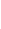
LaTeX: \! \! \! \! \! \! \! \! \! \! \! \mathcal{H}\! \! \! \! \! \! \! \! \! \! \! \! (\! \! \! \! \! \! \! \! \! \! \! \! 1\! \! \! \! \! \! \! \! \! \! \! \! ,t\! \! \! \! \! \! \! \! \! \! \! \! )\! \! \! \! \! \! \! \! \! \! \! \! =d\! \! \! \! \! \! \! \! \! \! \! \! \alpha\! \! \! \! \! \! \! \! \! \! \! \! (\! \! \! \! \! \! \! \! \! \! \! \! \theta\! \! \! \! \! \! \! \! \! \! \! \! (s\! \! \! \! \! \! \! \! \! \! \! \! \cdot\! \! \! \! \! \! \! \! \! \! \! \! t\! \! \! \! \! \! \! \! \! \! \! \! )\! \! \! \! \! \! \! \! \! \! \! \! )A\! \! \! \! \! \! \! \! \! \! \! \! (\! \! \! \! \! \! \! \! \! \! \! \! \theta\! \! \! \! \! \! \! \! \! \! \! \! (t\! \! \! \! \! \! \! \! \! \! \! \! )\! \! \! \! \! \! \! \! \! \! \! \! )\! \! \! \! \! \! \! \! \! \! \! \! =\! \! \! \! \! \! \! \! \! \! \! \! \Theta\! \! \! \! \! \! \! \! \! \! \! \! ^{\! }\! \! \! \! \! \! \! \! \! \! \! *\! \! \! \! \! \! \! \! \! \! \! \! (t\! \! \! \! \! \! \! \! \! \! \! \! )\! \! \! \! \! \! \! \! \! \! \!